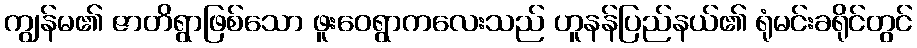
ကျွန်မ၏ ဇာတိရွာဖြစ်သော ဖူးဝေရွာကလေးသည် ဟူနန်ပြည်နယ်၏ ရုံမင်းခရိုင်တွင်